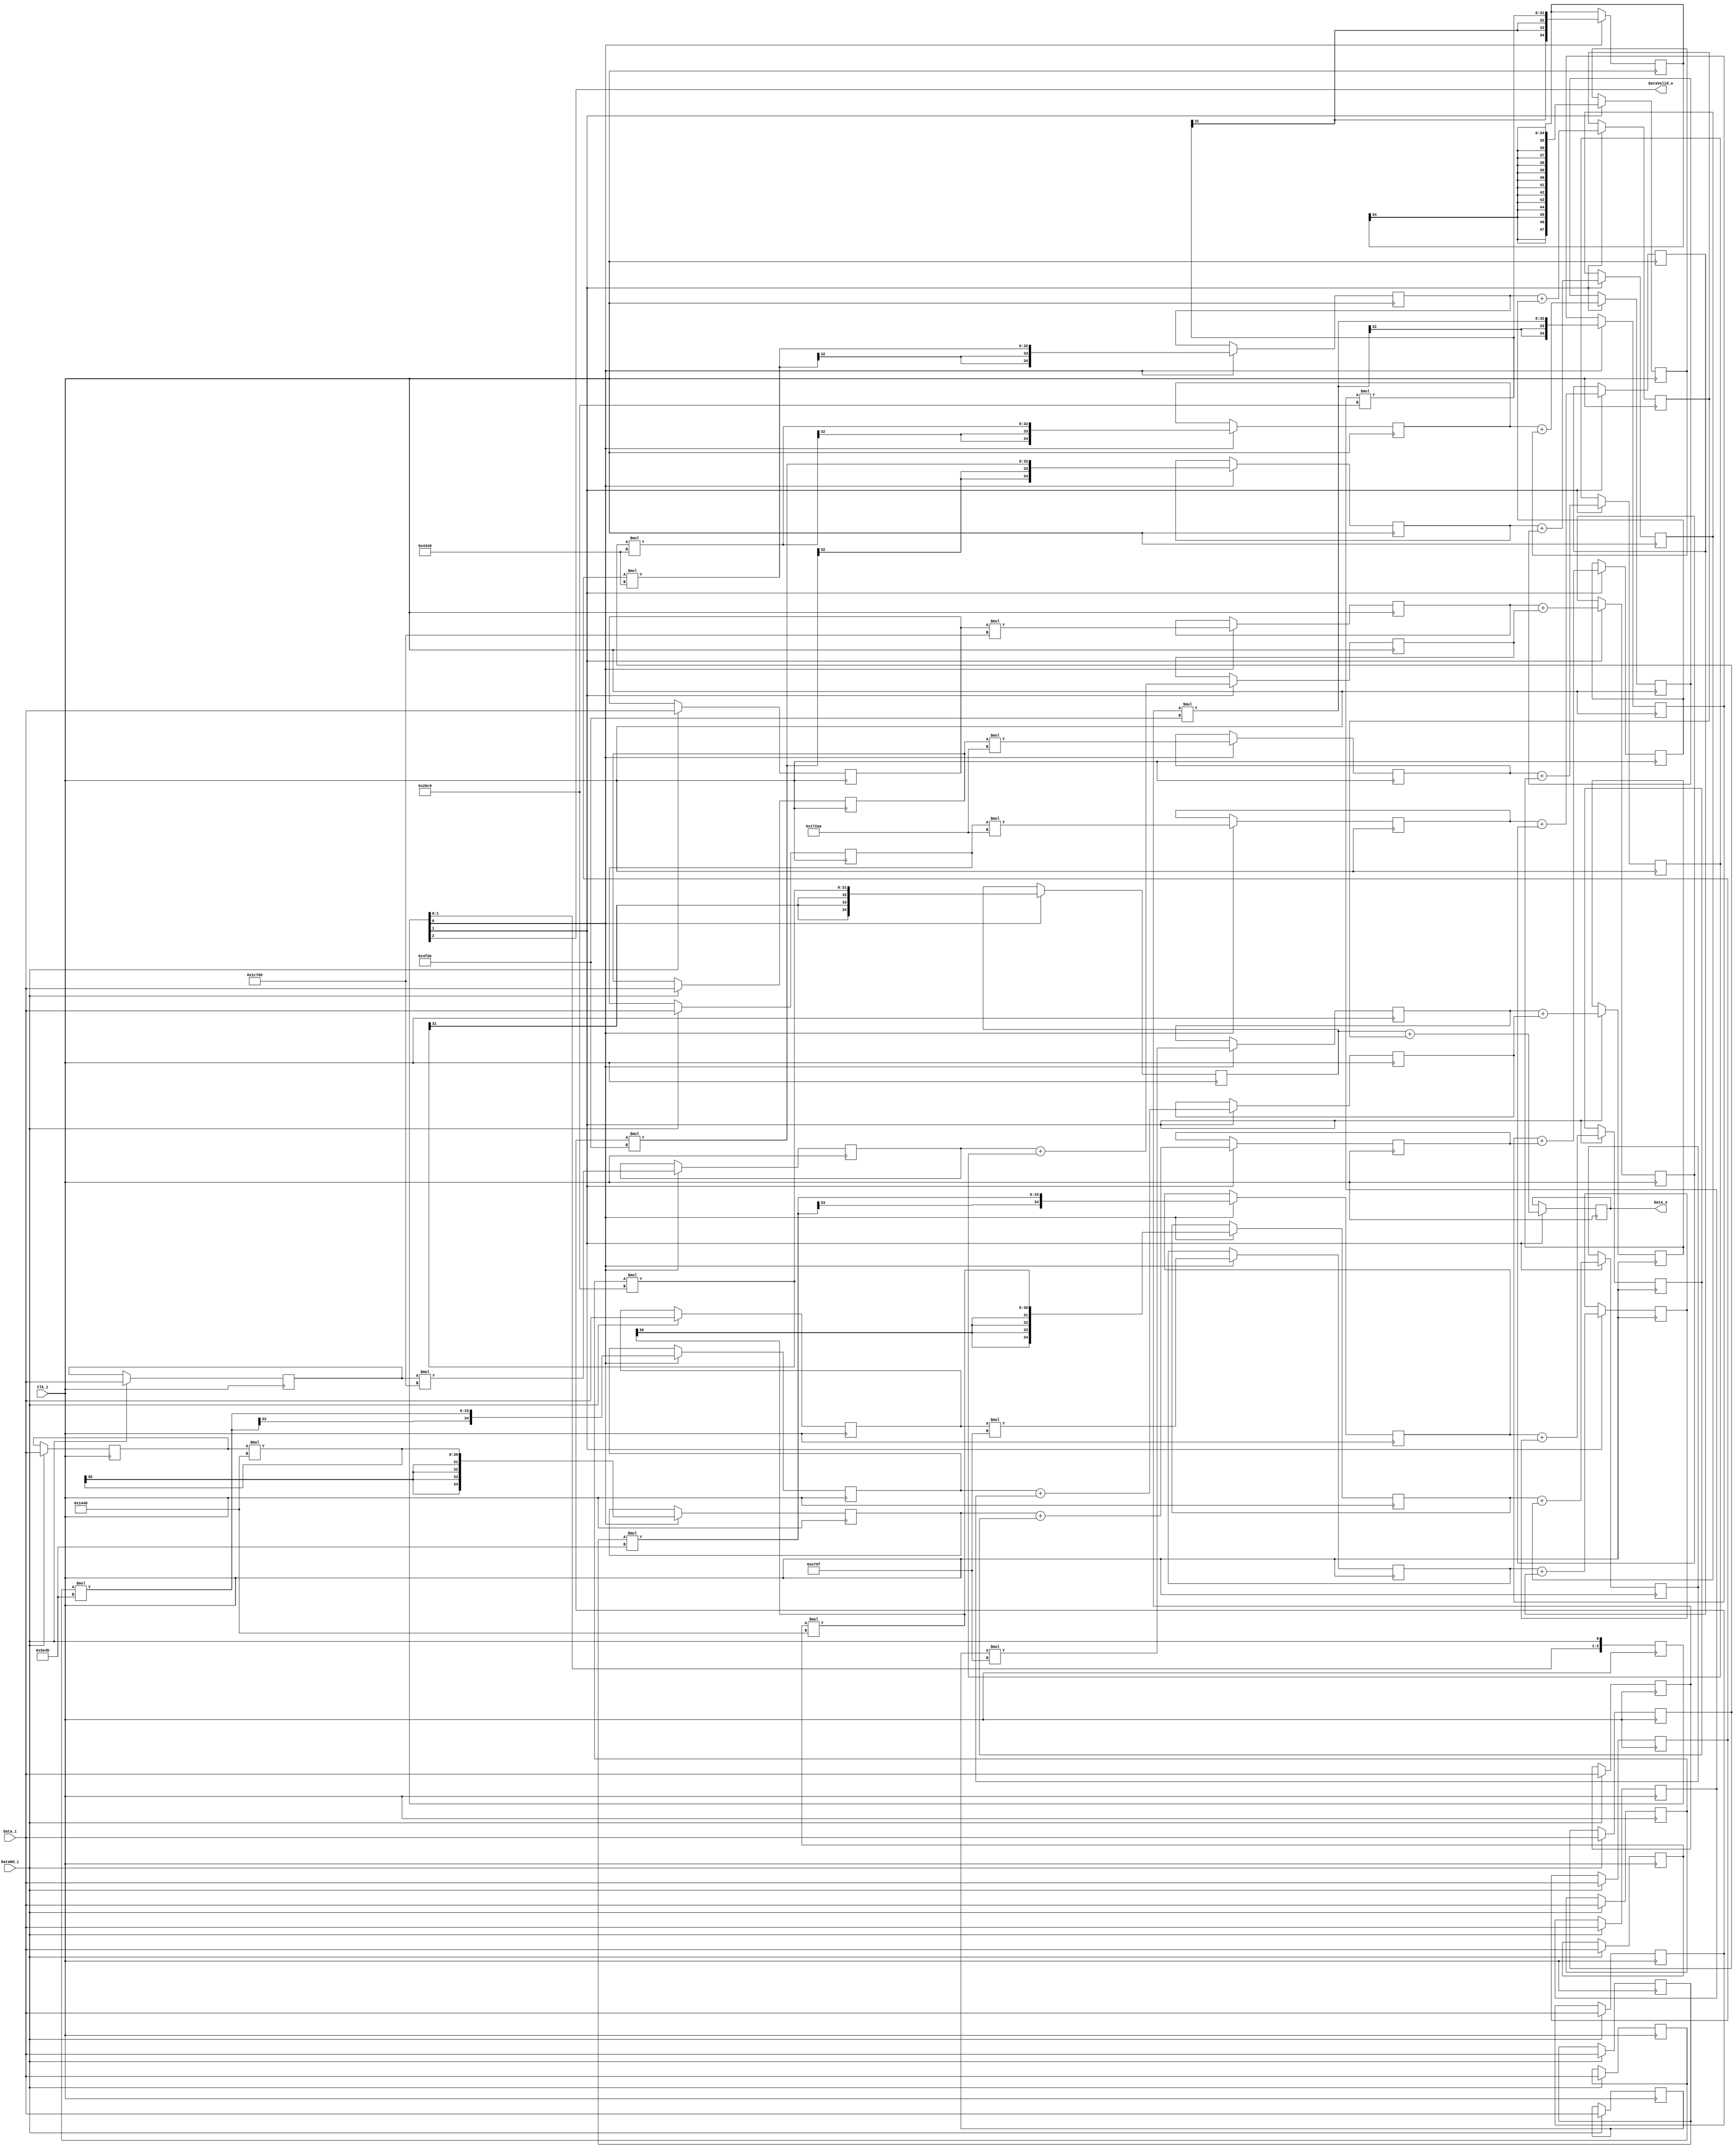
module transposedFilterBlock # (
	parameter CoeffCount = 16
)
(
	input Clk_i,
	input [17:0] Data_i,
	input DataNd_i,
	output [47:0] Data_o,
	output DataValid_o
);

	wire signed [17:0] coeff[0:CoeffCount-1];

	assign coeff[0] = 18'h3e6c9;
	assign coeff[1] = 18'h3c349;
	assign coeff[2] = 18'h3cfde;
	assign coeff[3] = 18'h3f440;
	assign coeff[4] = 18'h05e4b;
	assign coeff[5] = 18'h0e79f;
	assign coeff[6] = 18'h172aa;
	assign coeff[7] = 18'h1c760;
	assign coeff[8] = 18'h1c760;
	assign coeff[9] = 18'h172aa;
	assign coeff[10] = 18'h0e79f;
	assign coeff[11] = 18'h05e4b;
	assign coeff[12] = 18'h3f440;
	assign coeff[13] = 18'h3cfde;
	assign coeff[14] = 18'h3c349;
	assign coeff[15] = 18'h3e6c9;	

	wire signed [17:0] dataIn = Data_i;
	reg [3:0] ndShReg;
	
	always @ (posedge Clk_i)
		ndShReg <= {ndShReg[2:0], DataNd_i};
	
	reg signed [17:0] inReg[0:CoeffCount-1];
	reg signed [34:0] multResult[0:CoeffCount-1];
	reg signed [47:0] sumResult[0:CoeffCount-1];
	
	
	genvar i;
	generate
		for (i = 0; i < CoeffCount; i = i + 1)
			begin 
				always @ (posedge Clk_i)
					begin
						if (DataNd_i)
							inReg[i] <= dataIn;
						
						if (ndShReg[0])
							multResult[i] <= inReg[i] * coeff[CoeffCount-1 - i];
						
						if (ndShReg[1])
							begin
								if (i == 0)
									sumResult[i] <= multResult[i];
								else
									sumResult[i] <= multResult[i] + sumResult[i-1];
							end
					end
			end
	endgenerate

	assign Data_o = sumResult[CoeffCount-1];
	assign DataValid_o = ndShReg[2];

endmodule